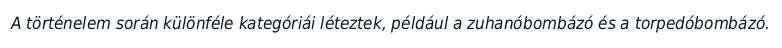
A történelem során különféle kategóriái léteztek, például a zuhanóbombázó és a torpedóbombázó.